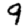
Digit: 9